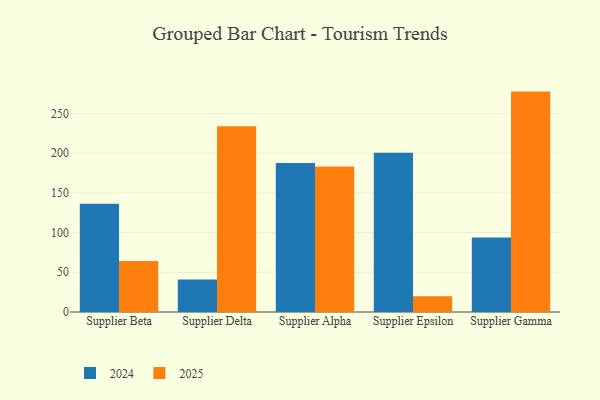
{"axis": {"x": "Supplier", "y": "Revenue (USD Million)"}, "legend": ["2024", "2025"], "data": [{"x": "Supplier Beta", "y": 64.3, "type": "2025"}, {"x": "Supplier Beta", "y": 136.3, "type": "2024"}, {"x": "Supplier Delta", "y": 233.9, "type": "2025"}, {"x": "Supplier Delta", "y": 40.8, "type": "2024"}, {"x": "Supplier Alpha", "y": 183.3, "type": "2025"}, {"x": "Supplier Alpha", "y": 187.7, "type": "2024"}, {"x": "Supplier Epsilon", "y": 19.7, "type": "2025"}, {"x": "Supplier Epsilon", "y": 200.6, "type": "2024"}, {"x": "Supplier Gamma", "y": 277.5, "type": "2025"}, {"x": "Supplier Gamma", "y": 93.9, "type": "2024"}]}